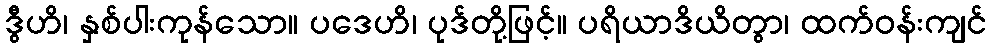
ဒွီဟိ၊ နှစ်ပါးကုန်သော။ ပဒေဟိ၊ ပုဒ်တို့ဖြင့်။ ပရိယာဒိယိတွာ၊ ထက်ဝန်းကျင်